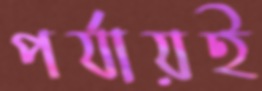
পর্যায়ই